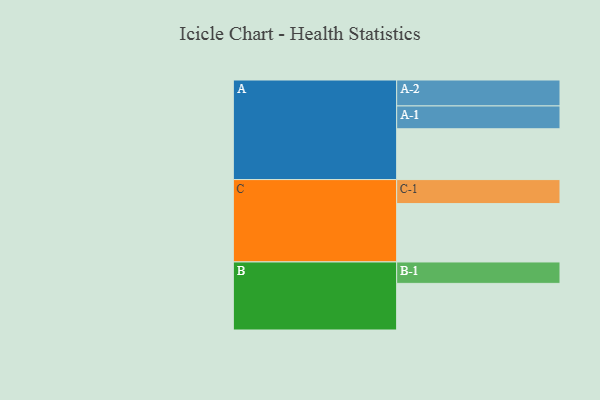
{"axis": {"x": "Segment", "y": "Value"}, "legend": ["", "A", "B", "C"], "data": [{"x": "A", "y": 472, "type": ""}, {"x": "B", "y": 433, "type": ""}, {"x": "C", "y": 542, "type": ""}, {"x": "A-1", "y": 212, "type": "A"}, {"x": "A-2", "y": 241, "type": "A"}, {"x": "B-1", "y": 199, "type": "B"}, {"x": "C-1", "y": 223, "type": "C"}]}